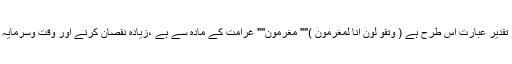
اس جملہ میں کچھ محذوف ہے اور تقدیر عبارت اس طرح ہے ( وتقو لون انّا لمغرمون )"" مغرمون"" غرامت کے مادّہ سے ہے ،زیادہ نقصان کرنے اور وقت وسرمایہ ضائع کرنے کے معنوں میں ہے ۔